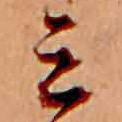
ミ